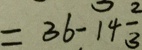
= 3 6 - 1 4 \frac { 2 } { 3 }